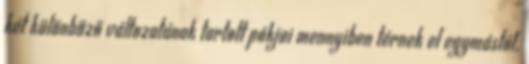
két különböző változatának tartott pókjai mennyiben térnek el egymástól.